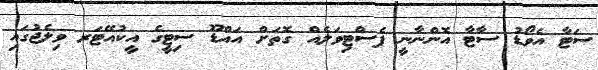
ސަޓާ އެވޯޑު ސާޓާ އޮންނާނީ ފެސްޓިވަލެއް ގޮތަށް އައްޑޫ ސިޓީގެ އީކުއޭޓަރ ވިލެޖުގައި